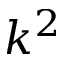
k ^ { 2 }